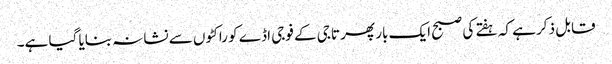
قابل ذکر ہے کہ ہفتے کی صبح ایک بار پھر تاجی کے فوجی اڈے کو راکٹوں سے نشانہ بنایا گیا ہے۔